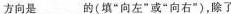
方向是___的(填”向左”或”向右”)，除了